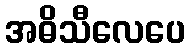
အဓိသီလေပေ